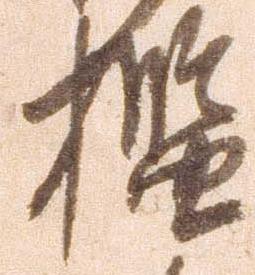
檻